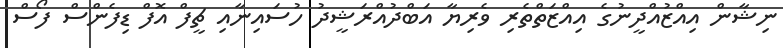
ނިޝާން އިއްޒުއްދީނުގެ އިއްޒަތްތެރި ވެރިޔާ އަބްދުއްރަޝީދު ހުސައިނާއި ޗީފް އޮފް ޑިފެންސް ފޯސް